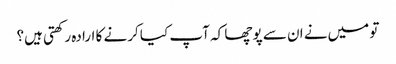
تو میں‌نے ان سے پوچھا کہ آپ کیا کرنے کا ارادہ رکھتی ہیں؟